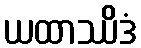
ယထာဿိဒံ